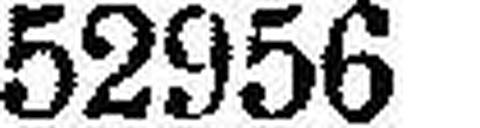
52956